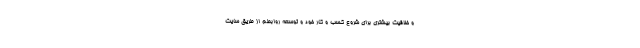
و خلاقیت بیشتری برای شروع کسب و کار خود و توسعه روابطم از طریق سایت